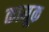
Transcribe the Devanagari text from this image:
कामूक